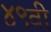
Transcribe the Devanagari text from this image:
४९वी